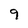
Character: 9